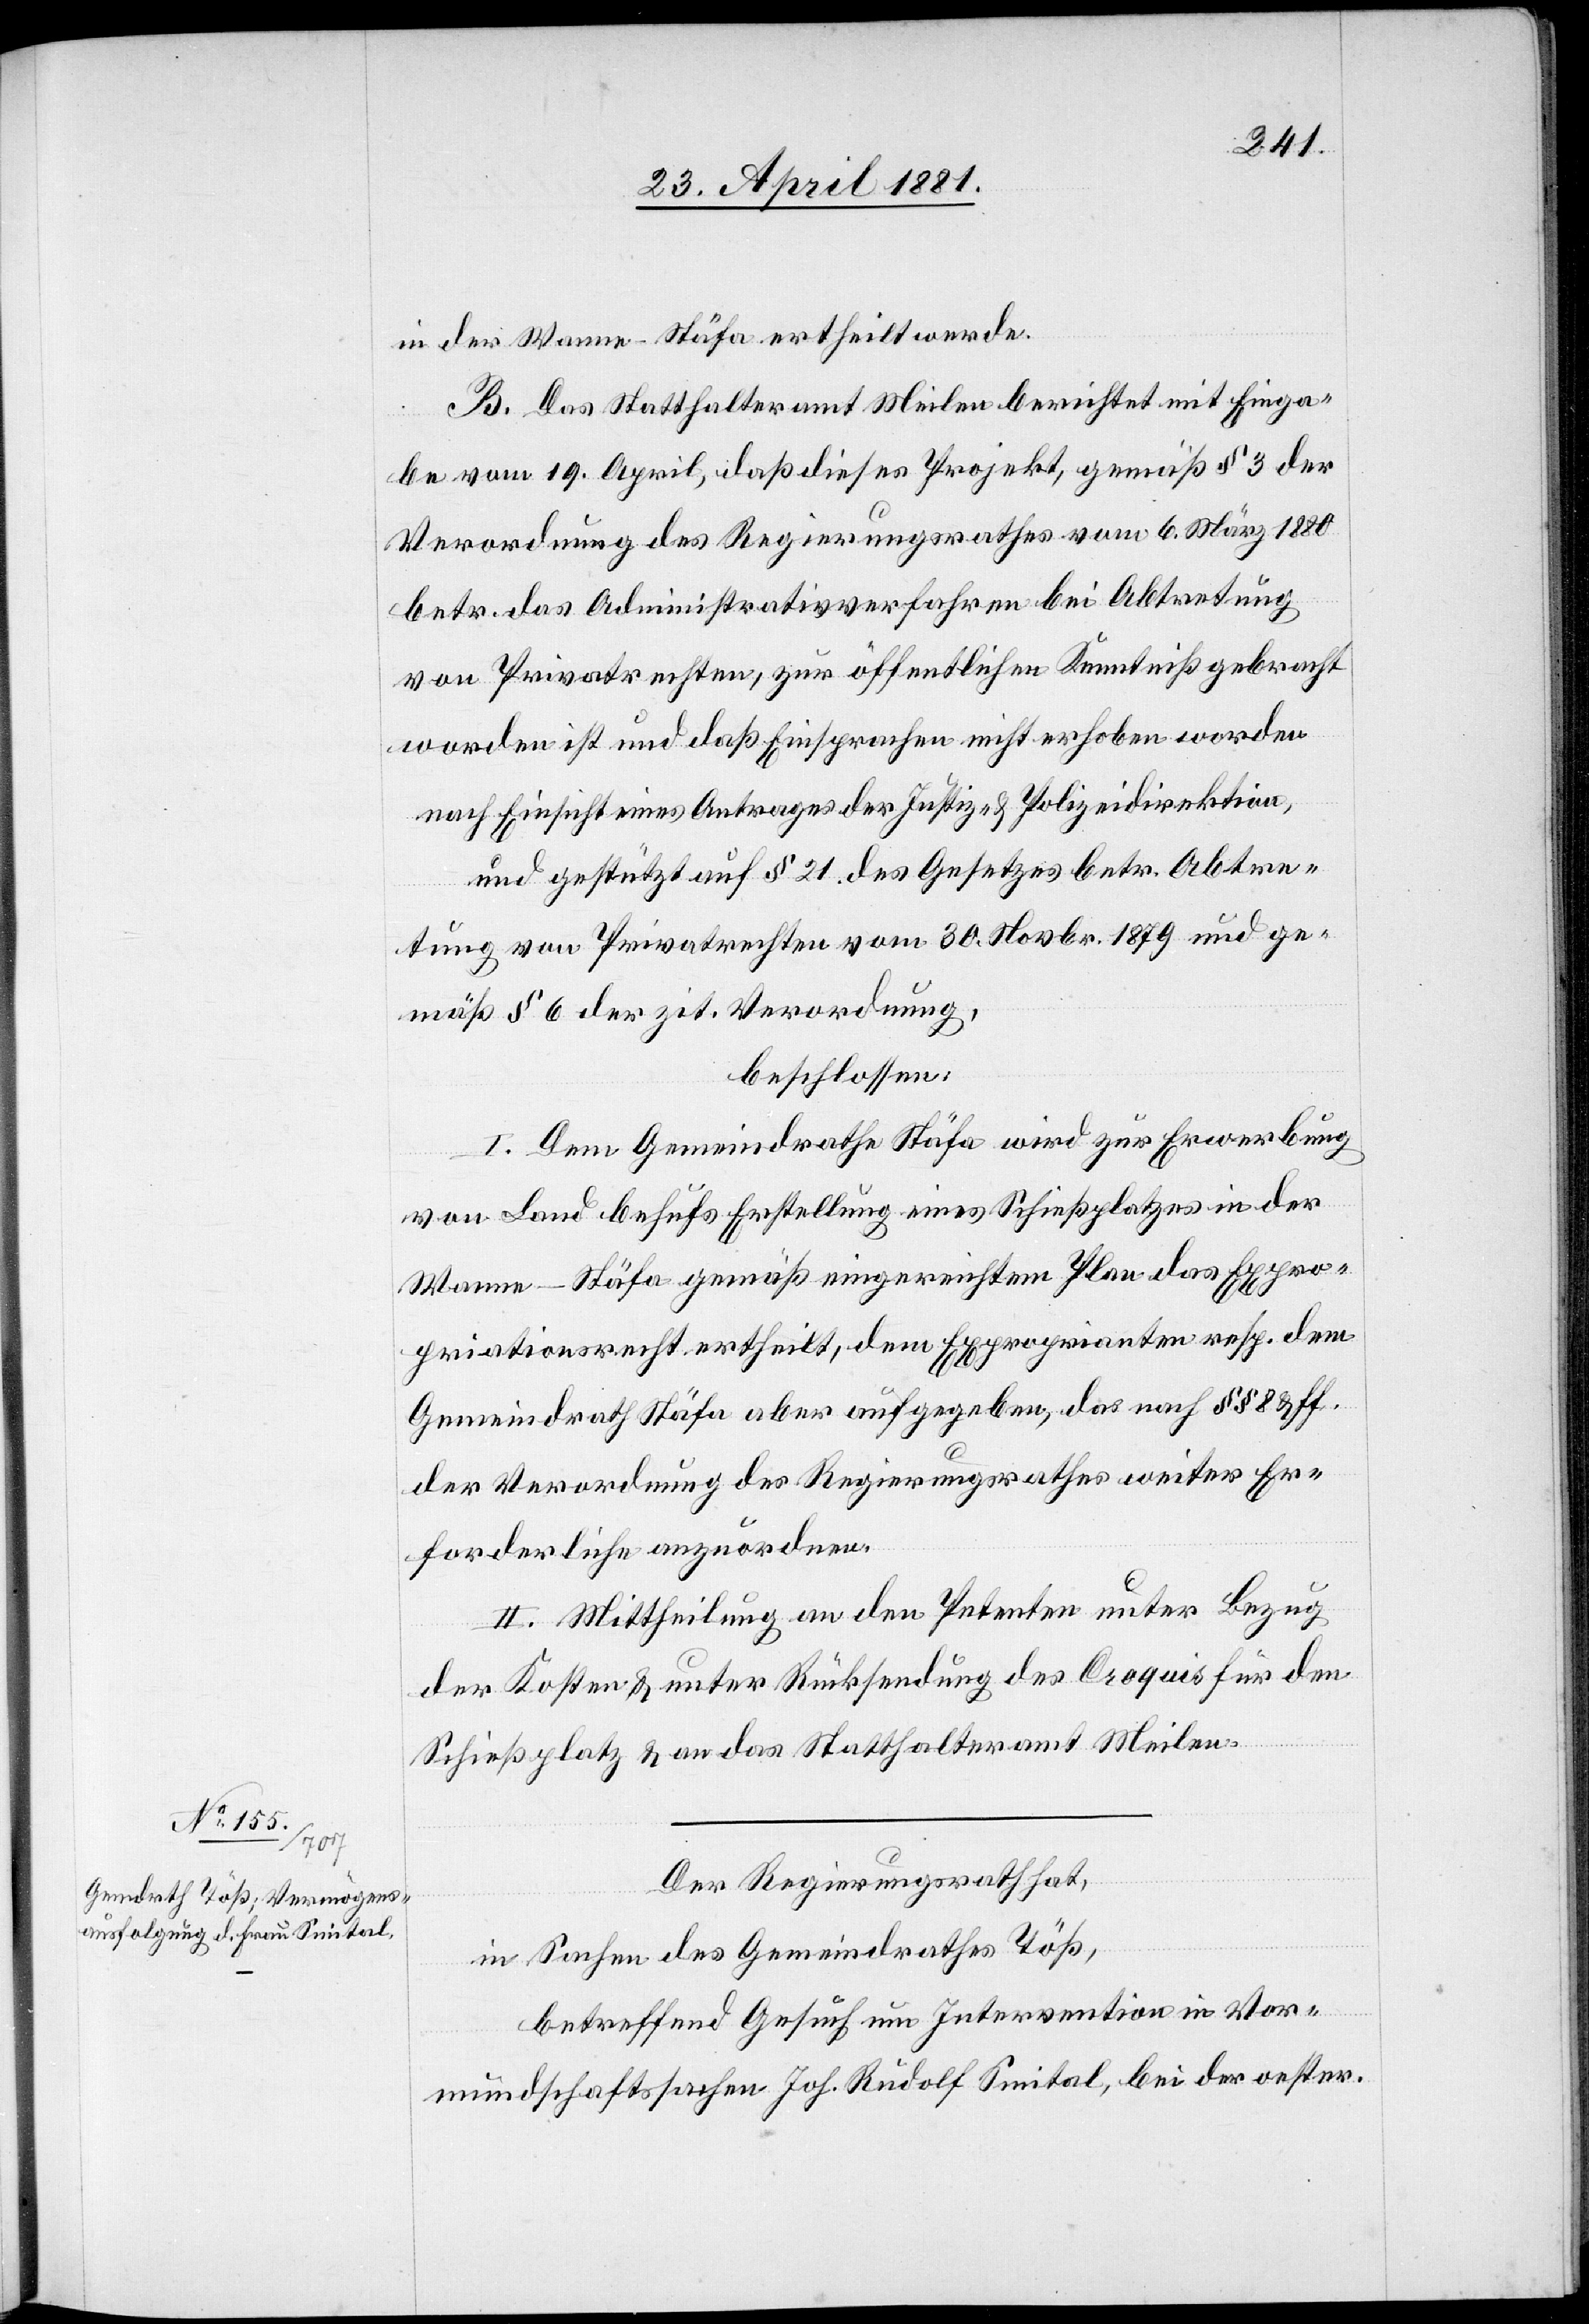
in der Wanne - Stäfa ertheilt werde.
B. Das Statthalteramt Meilen berichtet mit Einga¬
be vom 19. April, daß dieses Projekt, gemäß § 3 der
Verordnung des Regierungsrathes vom 6. März 1880
betr. das Administrativverfahren bei Abtretung
von Privatrechten, zur öffentlichen Kenntniß gebracht
worden ist und daß Einsprachen nicht erhoben worden,
nach Einsicht eines Antrages der Justiz- & Polizeidirektion,
und gestützt auf § 21 des Gesetzes betr. Abtre¬
tung von Privatrechten vom 30. Novbr. 1879 und ge¬
mäß § 6 der zit. Verordnung,
beschloßen:
I. Dem Gemeindrath Stäfa wird zur Erwerbung
von Land behufs Erstellung eines Schießplatzes in der
Wanne - Stäfa gemäß eingereichtem Plan das Expro¬
priationsrecht ertheilt, dem Exproprienten resp. dem
Gemeindrath Stäfa aber aufgegeben, das nach §§ 8 & ff.
der Verordnung des Regierungsrathes weiter Er¬
forderliche anzuordnen.
II. Mittheilung an den Petenten unter Bezug
der Kosten & unter Rücksendung des Acquis für den
Schießplatz & an das Statthalteramt Meilen.
Der Regierungsrath,
in Sachen des Gemeindrathes Töß,
betreffend Gesuch um Intervention in Vor¬
mundschaftssachen Joh. Rudolf Smital, bei der oester.